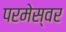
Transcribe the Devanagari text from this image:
परमेस्वर